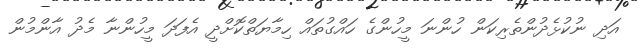
އަދި ނުކުޅެދުންތެރިކަން ހުންނަ މީހުންގެ ހައްގުތައް ހިމާޔަތްކޮށްދީ އެފަދަ މީހުންނާ މެދު އާންމުން